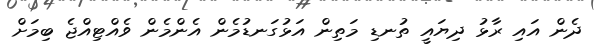
ދެން އައި ރާޅު ދިޔައީ ތުނޑި މަތިން އަޅުގަނޑުމެން އެންމެން ވެއްޓިއްޖެ ބިމަށް